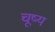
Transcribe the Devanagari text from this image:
चूष्य